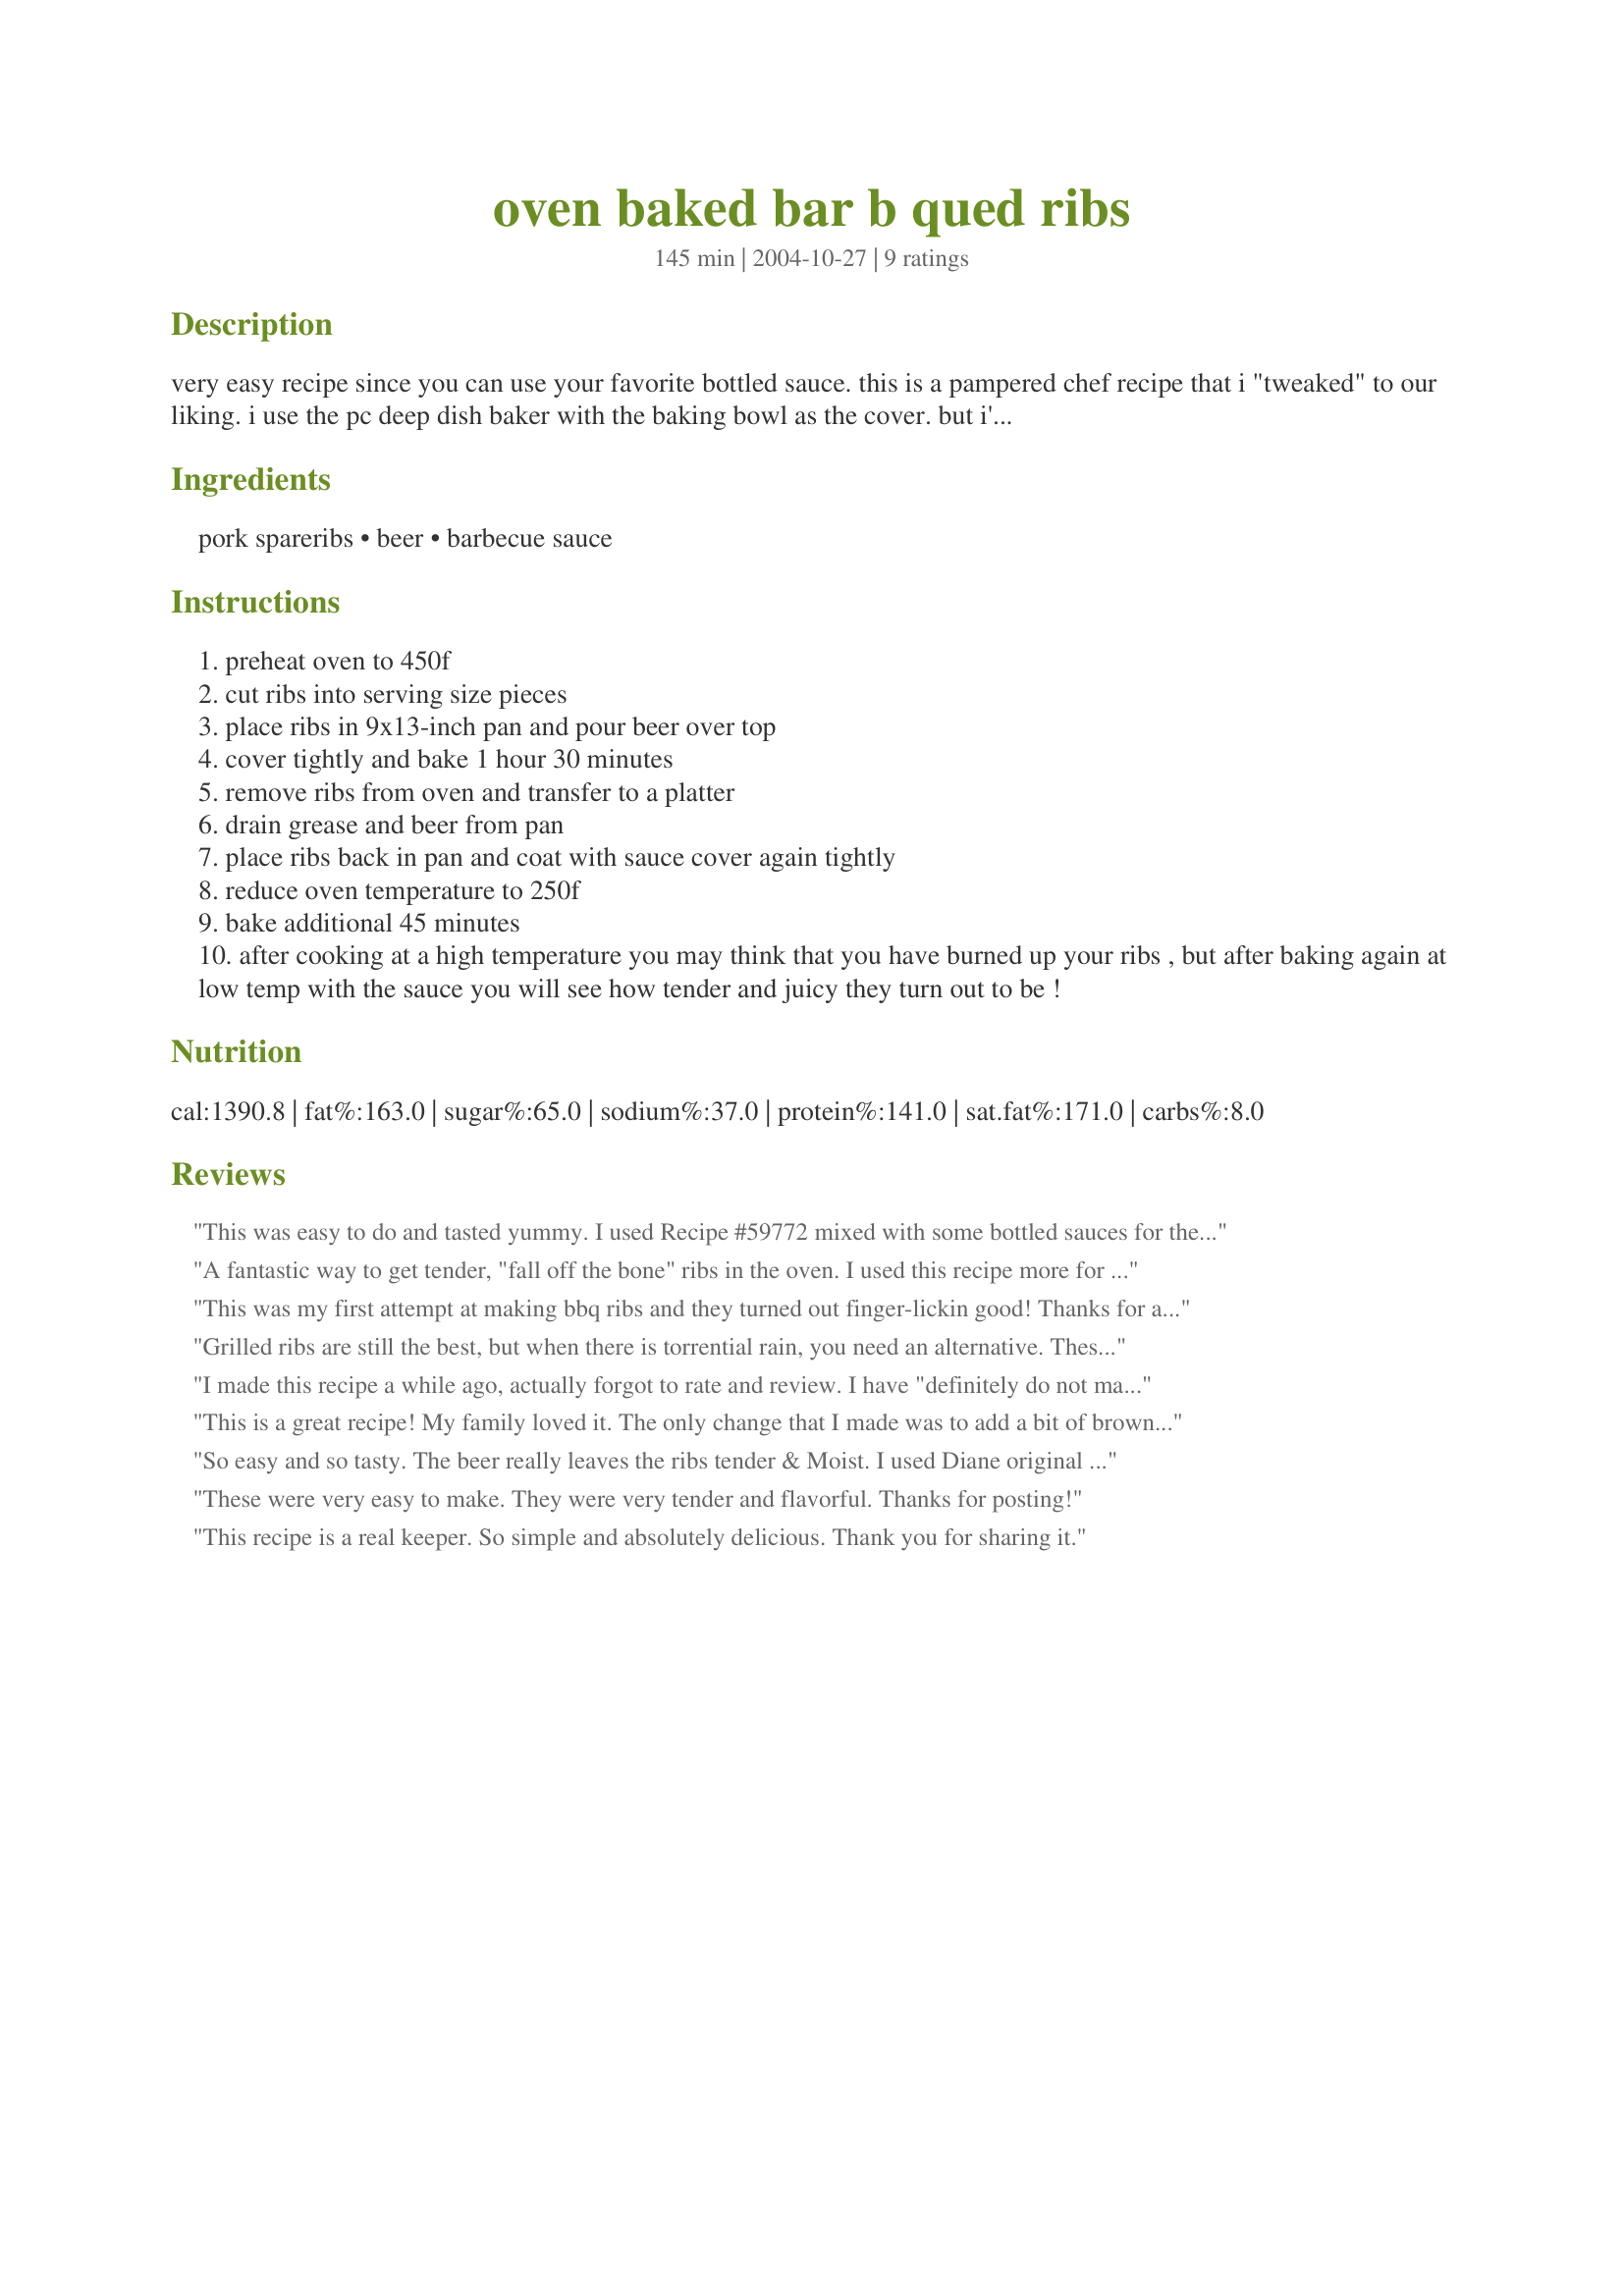
oven baked bar b qued ribs
Preparation time: 145 minutes

very easy recipe since you can use your favorite bottled sauce. this is a pampered chef recipe that i "tweaked" to our liking. i use the pc deep dish baker with the baking bowl as the cover. but i'm sure that a covered roasting pan or tightly covered metal baking pan would work fine.

Ingredients:
pork spareribs, beer, barbecue sauce

Steps:
preheat oven to 450f
cut ribs into serving size pieces
place ribs in 9x13-inch pan and pour beer over top
cover tightly and bake 1 hour 30 minutes
remove ribs from oven and transfer to a platter
drain grease and beer from pan
place ribs back in pan and coat with sauce cover again tightly
reduce oven temperature to 250f
bake additional 45 minutes
after cooking at a high temperature you may think that you have burned up your ribs , but after baking again at low temp with the sauce you will see how tender and juicy they turn out to be !

Reviews:
This was easy to do and tasted yummy. I used Recipe #59772 mixed with some bottled sauces for the sauce.
A fantastic way to get tender, "fall off the bone" ribs in the oven. I used this recipe more for the cooking method as I already had my ribs rubbed from Costco and ready to go. I did not use the beer because I did not want to dilute the rub. I used my new PC Deep Dish Baker, and was able to fit two racks of ribs by cutting them into sections of 3 ribs each. After draining out the fat, I layered the ribs back in the baker, coating each layer with a generous amount of the BBQ sauce. DH went nuts over them!
This was my first attempt at making bbq ribs and they turned out finger-lickin good! Thanks for an easy and delicious recipe!
Grilled ribs are still the best, but when there is torrential rain, you need an alternative. These turned out really tender, juicy and fall off the bone. The second time I made them, I thinned the bbq sauce and dipped the ribs in to coat more evenly, and then poured over the remainder. What is particularly great is that this requires very little hands-on time, a plus on a busy day. I used a baking pan with foil cover, worked just fine.
I made this recipe a while ago, actually forgot to rate and review. I have "definitely do not make again". I can't complain about the preparation and cook time, but the flavor was a definitely no, no (for us anyway).
This is a great recipe! My family loved it. The only change that I made was to add a bit of brown sugar and bbq sauce to the beer before hand, just a cup or so to give it some flavor. 
Thanks for posting!
So easy and so tasty. The beer really leaves the ribs tender & Moist. I used Diane original BBQ sauce. We really enjoyed the end result
These were very easy to make. They were very tender and flavorful. Thanks for posting!
This recipe is a real keeper. 
So simple and absolutely delicious. Thank you for sharing it.
